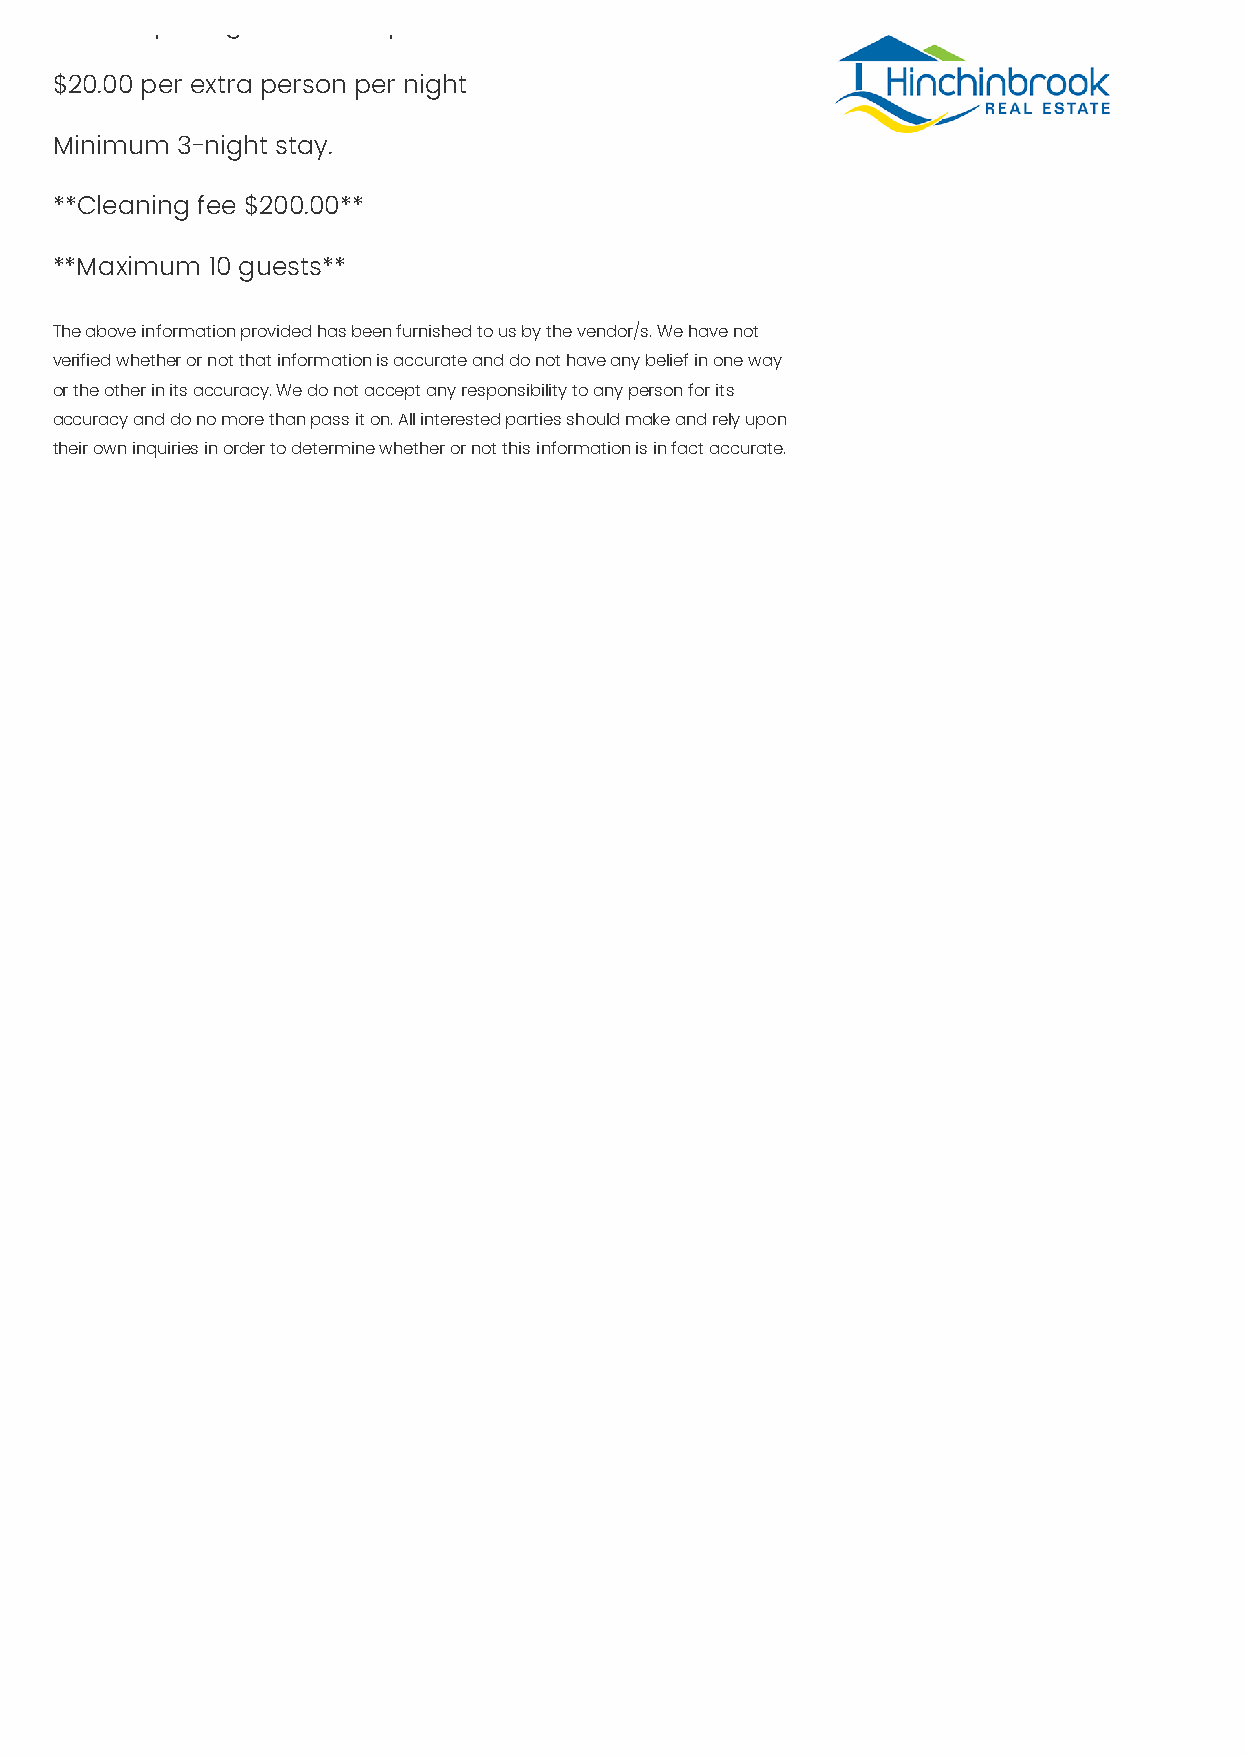
$470.00 per night for a couple
 $20.00 per extra person per night
 Minimum  3-night stay.
 **Cleaning fee $200.00**
 **Maximum  10 guests**
 The above information provided has been furnished to us by the vendor/s. We have not
 verified whether or not that information is accurate and do not have any belief in one way
 or the other in its accuracy. We do not accept any responsibility to any person for its
 accuracy and do no more than pass it on. All interested parties should make and rely upon
 their own inquiries in order to determine whether or not this information is in fact accurate.